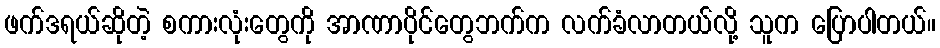
ဖက်ဒရယ်ဆိုတဲ့ စကားလုံးတွေကို အာဏာပိုင်တွေဘက်က လက်ခံလာတယ်လို့ သူက ပြောပါတယ်။